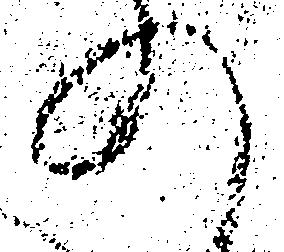
の